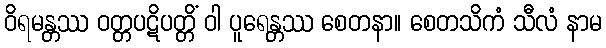
ဝိရမန္တဿ ဝတ္တပဋိပတ္တိံ ဝါ ပူရေန္တဿ စေတနာ။ စေတသိကံ သီလံ နာမ